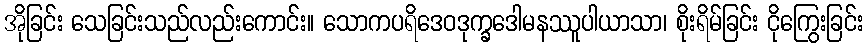
အိုခြင်း သေခြင်းသည်လည်းကောင်း။ သောကပရိဒေဝဒုက္ခဒေါမနဿူပါယာသာ၊ စိုးရိမ်ခြင်း ငိုကြွေးခြင်း